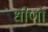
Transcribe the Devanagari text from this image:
धीणो